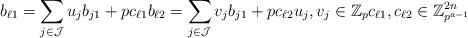
LaTeX: \begin{align*}b_{\ell 1}=\sum\limits_{ j \in \mathcal{J}}^{} u_j b_{j 1}+pc_{\ell 1} {b}_{\ell 2}=\sum\limits_{ j \in \mathcal{J}}^{} v_j b_{j 1}+pc_{\ell 2} u_j, v_j \in \mathbb{Z}_p c_{\ell 1}, c_{\ell 2} \in \mathbb{Z}_{p^{a-1}}^{2n} \end{align*}